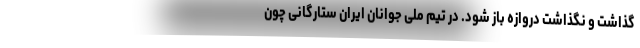
گذاشت و نگذاشت دروازه باز شود. در تیم ملی جوانان ایران ستارگانی چون